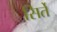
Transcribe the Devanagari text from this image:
सिर्ते